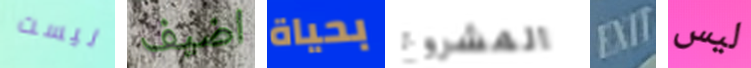
ليست اضيف بحياة المشروع EXIT ليس